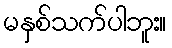
မနှစ်သက်ပါဘူး။